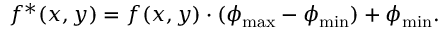
f ^ { * } ( x , y ) = f ( x , y ) \cdot ( \phi _ { \operatorname* { m a x } } - \phi _ { \operatorname* { m i n } } ) + \phi _ { \operatorname* { m i n } } .